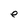
Character: e